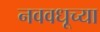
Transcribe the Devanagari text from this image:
नववधूच्या